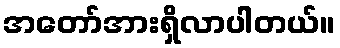
အတော်အားရှိလာပါတယ်။